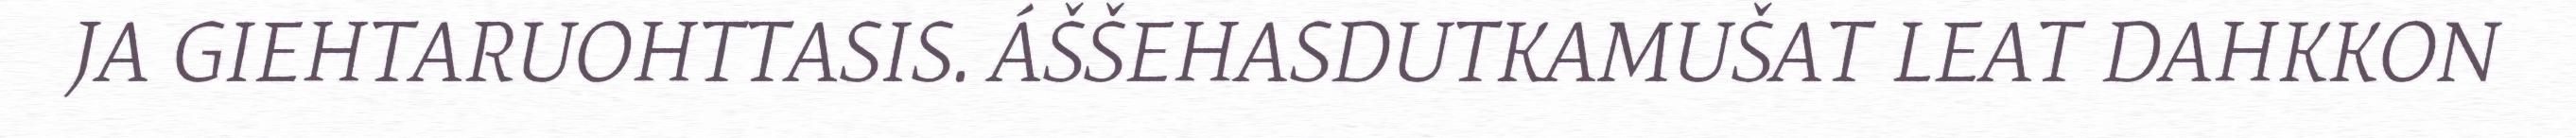
JA GIEHTARUOHTTASIS. ÁŠŠEHASDUTKAMUŠAT LEAT DAHKKON